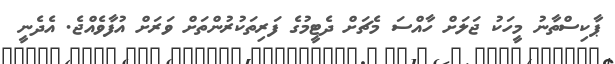
ޕާކިސްތާނު މީހަކު ޖަލަށް ހާއްސަ މެޗަށް ދެޓީމުގެ ފަރިތަކުރުންތަށް ވަރަށް އުފާވެއްޖެ. އެދެނީ